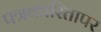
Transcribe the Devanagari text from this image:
पत्रकारितापर